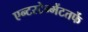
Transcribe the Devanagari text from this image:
एन्टरटेन्मेंटतर्फे